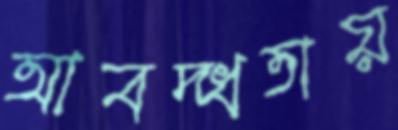
আবদ্ধতায়